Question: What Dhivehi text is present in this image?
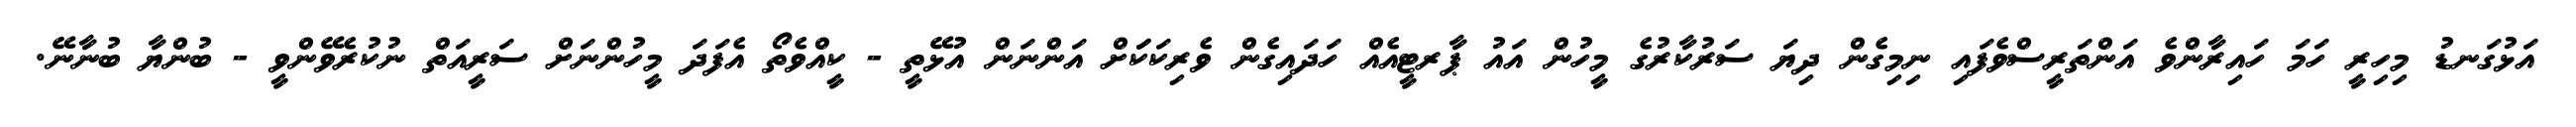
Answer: އަޅުގަނޑު މިހިރީ ހަމަ ހައިރާންވެ އަންތަރީސްވެފައި ނިމިގެން ދިޔަ ސަރުކާރުގެ މީހުން އައު ޕާރޓީއެއް ހަދައިގެން ވެރިކަކަަށް އަންނަން އުޅޭތީ - ކީއްވެތޯ އެފަދަ މީހުންނަށް ސަރީއަތް ނުކުރެވޭންވީ - ބުންޔާ ބުނާނޭ.